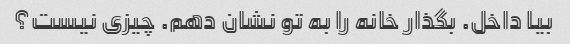
بیا داخل. بگذار خانه را به تو نشان دهم. چیزی نیست؟